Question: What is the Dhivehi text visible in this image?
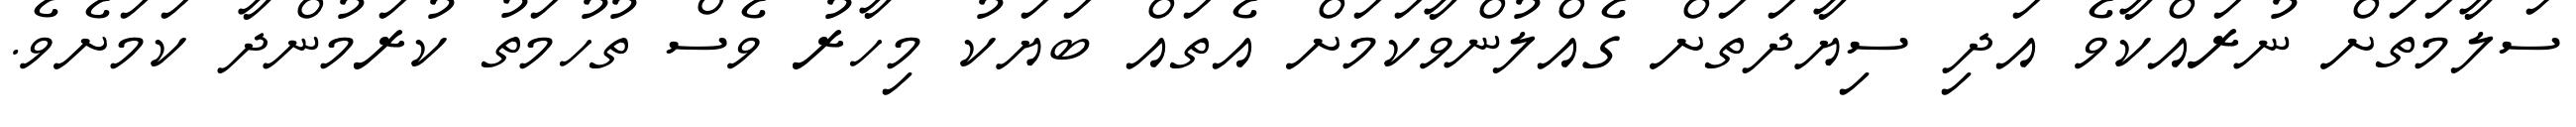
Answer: ސަލާމަތަށް ނުރައްކާވެ އަދި ސިޔާދަތަށް ގެއްލުންވާކަމަށް އެތައް ބަޔަކު މިހާރު ވެސް ތުހުމަތު ކުރަމުންދާ ކަމަށެވެ.